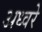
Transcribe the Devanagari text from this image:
अध्वरे